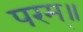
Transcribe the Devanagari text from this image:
परम्॥